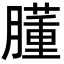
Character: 𦡦